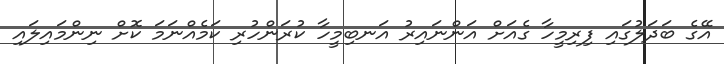
އޭގެ ބަދަލުގައި ފިރިމީހާ ގެއަށް އަންނައިރު އަނބިމީހާ ކުރަންހުރި ކަމެއްނަމަ ކޮށް ނިންމައިލައި